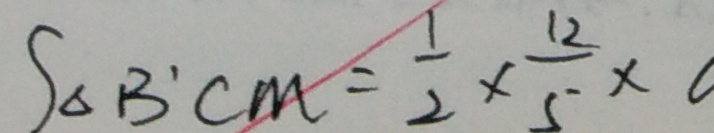
S _ { \Delta B ^ { \prime } c m } = \frac { 1 } { 2 } \times \frac { 1 2 } { 5 } \times